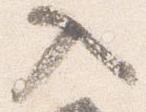
入